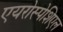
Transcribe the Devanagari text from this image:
एयरोस्पेशिएल